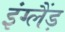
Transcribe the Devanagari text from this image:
इंग्लैंड़